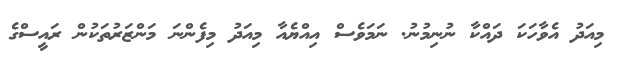
މިއަދު އެވާހަކަ ދައްކާ ނުނިމުނު. ނަމަވެސް އިއްޔެއާ މިއަދު މިފެންނަ މަންޒަރުތަކުން ރައީސްގެ